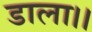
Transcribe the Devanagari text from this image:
डाला।।